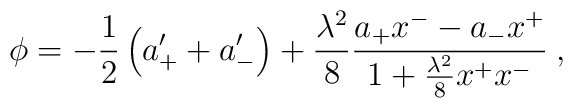
\phi=-{1\over2}\left(a_+^\prime+a_-^\prime\right)+{\lambda^2\over8}{a_+x^--a_-x^+\over 1+{\lambda^2\over8}x^+x^-}\>,